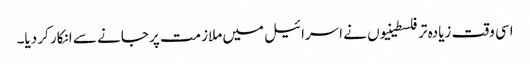
اسی وقت زیادہ تر فلسطینیوں نے اسرائیل میں ملازمت پر جانے سے انکار کر دیا۔